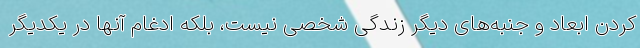
کردن ابعاد و جنبه‌های دیگر زندگی شخصی نیست، بلکه ادغام آنها در یکدیگر